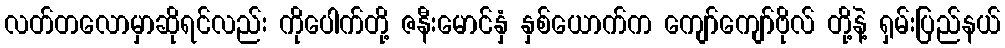
လတ်တလောမှာဆိုရင်လည်း ကိုပေါက်တို့ ဇနီးမောင်နှံ နှစ်ယောက်က ကျော်ကျော်ဗိုလ် တို့နဲ့ ရှမ်းပြည်နယ်